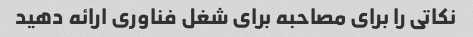
نکاتی را برای مصاحبه برای شغل فناوری ارائه دهید